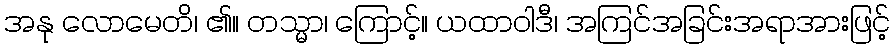
အနု လောမေတိ၊ ၏။ တသ္မာ၊ ကြောင့်။ ယထာဝါဒီ၊ အကြင်အခြင်းအရာအားဖြင့်